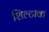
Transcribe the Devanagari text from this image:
शिल्टाक